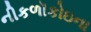
નીકળૉકોઇના